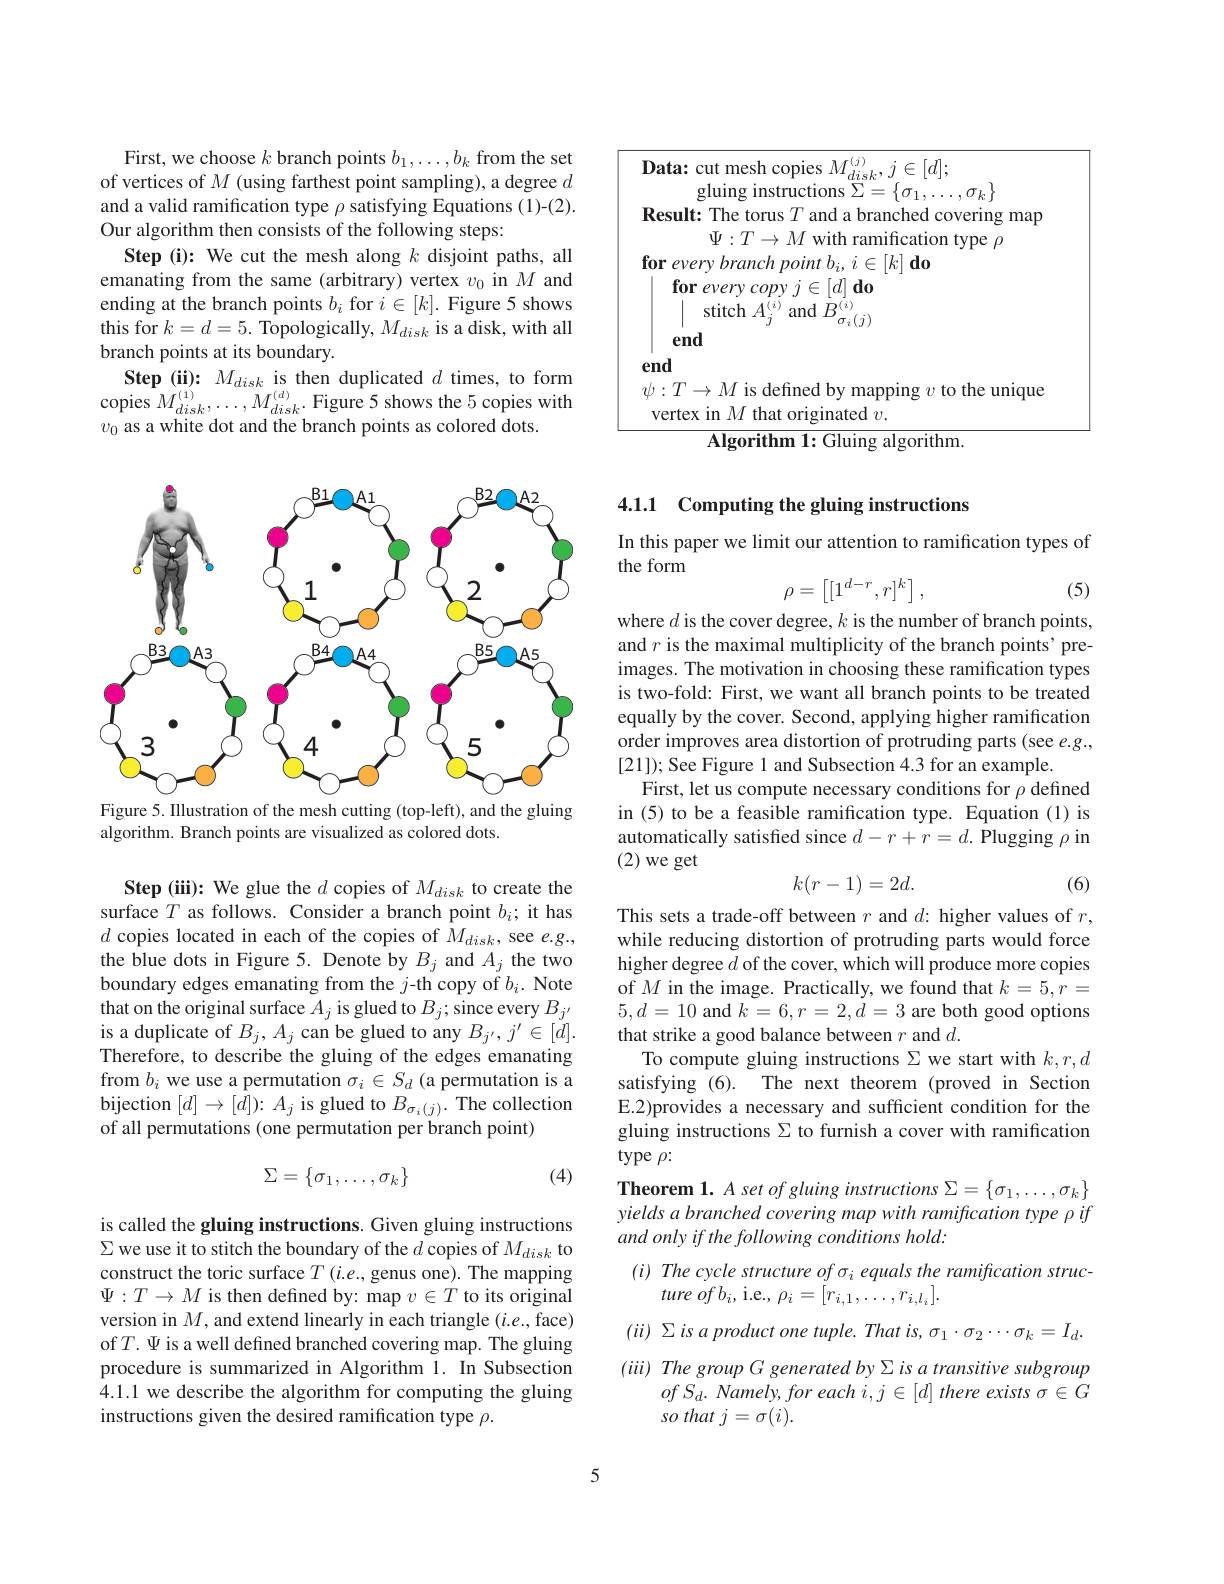
First, we choose $k$ branch points $b_1,\ldots,b_k$ from the set of vertices of $M$ (using farthest point sampling), a degree $d$ and a valid ramification type $\rho$ satisfying Equations (1)-(2). Our algorithm then consists of the following steps:
Step (i): We cut the mesh along $k$ disjoint paths, all emanating from the same (arbitrary) vertex $v_0$ in $M$ and ending at the branch points $b_i$ for $i\in[k].$ Figure 5 shows this for $k=d=5.$ Topologically, $M_disk$ is a disk, with all branch points at its boundary.
Step (ii): $M_{disk}$ is then duplicated $d$ times, to form
copies $M_{disk}^{(1)}$,
$M_{disk}^{(d)}.$ Figure 5 shows the 5 copies with
$v_0$ as a white dot and the branch points as colored dots.

<FigureHere>
Figure 5. Illustration of the mesh cutting (top-left), and the gluing

algorithm. Branch points are visualized as colored dots.

Step (iii): We glue the $d$ copies of $M_{disk}$ to create the surface $T$ as follows. Consider a branch point $b_i;$ it has $d$ copies located in each of the copies of $\hat M_{disk}$, see $e.g.$, the blue dots in Figure 5. Denote by $B_j$ and $A_j$ the two boundary edges emanating from the $j$-th copy of $b_i.$ Note that on the original surface $A_j$ is glued to $B_j;$ since every $B_{j^{\prime}}$ is a duplicate of $B_j,A_j$ can be glued to any $B_{j^{\prime}},j^{\prime}\in[d].$ Therefore, to describe the gluing of the edges emanating from $b_i$ we use a permutation $\sigma_i\in S_d$ (a permutation is a bijection $[d]\to[d]){:}A_{j}$ is glued to $B_\sigma_{i}(j).$ The collection of all permutations (one permutation per branch point)
$$\Sigma=\{\sigma_1,\ldots,\sigma_k\}$$
(4)

is called the gluing instructions. Given gluing instructions $\Sigma$ we use it to stitch the boundary of the $d$ copies of $M_di$s$k$ to construct the toric surface $T\left(i.e.,\text{genus one).The mapping}\right.$ $\Psi:T\to M$ is then defined by: map $v\in T$ to its original version in $M$, and extend linearly in each triangle $(i.e.$,face) of$T.\Psi$ is a well defined branched covering map. The gluing procedure is summarized in Algorithm 1. In Subsection 4.1.1 we describe the algorithm for computing the gluing instructions given the desired ramification type $\rho.$

$\textbf{Data: cut mesh copies }M_{disk}^{( j) }, j\in [ d] ;$
gluing instructions $\Sigma=\{\sigma_1,\ldots,\sigma_k\}$
Result: The torus $T$ and a branched covering map
$\Psi:T\to M$ with ramification type $\rho$
for every branch point bi, i E [k] do
$\textbf{for every copy }j\in [ d] \textbf{do}$
stitch $A_{j}^{(i)}$ and $B_{\sigma_{i}(j)}^{(i)}$
end
end
$\psi:T\to M$ is defined by mapping $v$ to the unique
vertex in $M$ that originated $v.$
$\overline{\textbf{Algorithm 1: Gluing algorithm.}}$

## 4.1.1 Computing the gluing instructions

In this paper we limit our attention to ramification types of
the form
$$\rho=\begin{bmatrix}[1^{d-r},r]^k\end{bmatrix},$$
(5)

where $d$ is the cover degree, $k$ is the number of branch points, and $r$ is the maximal multiplicity of the branch points' preimages. The motivation in choosing these ramification types is two-fold: First, we want all branch points to be treated equally by the cover. Second, applying higher ramification order improves area distortion of protruding parts (see.g., [21]); See Figure 1 and Subsection 4.3 for an example.
First, let us compute necessary conditions for $\rho$ defined in (5) to be a feasible ramification type. Equation (1) is automatically satisfied since $d-r+r=d.$ Plugging $\rho$ in (2) we get
$$k(r-1)=2d.$$
(6)

This sets a trade-off between $r$ and $d:$ higher values of $r$, while reducing distortion of protruding parts would force higher degree $d$ of the cover, which will produce more copies of $M$ in the image. Practically, we found that $k=5,r=$ $5,d=10$ and $k=6,r=2,d=3$ are both good options that strike a good balance between $r$ and $d.$
To compute gluing instructions $\Sigma$ we start with $k,r,d$ satisfying (6). The next theorem (proved in Section E.2)provides a necessary and sufficient condition for the gluing instructions $\Sigma$ to furnish a cover with ramification type $\rho:$
Theorem 1. A set of gluing instructions $\Sigma=\{\sigma_1,\ldots,\sigma_k\}$ yields a branched covering map with ramification type $\rho \textit{if}$ and only if the following conditions hold:
$( i) \textit{ The cycle structure of }\sigma _i\textit{ equals the ramification struc- }$
$ture\textit{ofb}_i$,i.e., $\rho_i=[r_i,1,\ldots,r_{i,l_i}].$
$( ii)$ $\Sigma$ $is$ $a$ product one $tuple.$ That $is$, $\sigma _{1}\cdot \sigma _{2}\cdots \sigma _{k}= I_{d}.$ $( iii) \textit{ The group G generated by Σ is a transitive subgroup}$
$ofS_d.$ Namely, for each i,j $\in [ d] \textit{there exists }\sigma \in G$
so that j = σ(i).

5